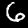
Digit: 6